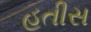
હતીસ